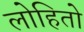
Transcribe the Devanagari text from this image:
लोहितो